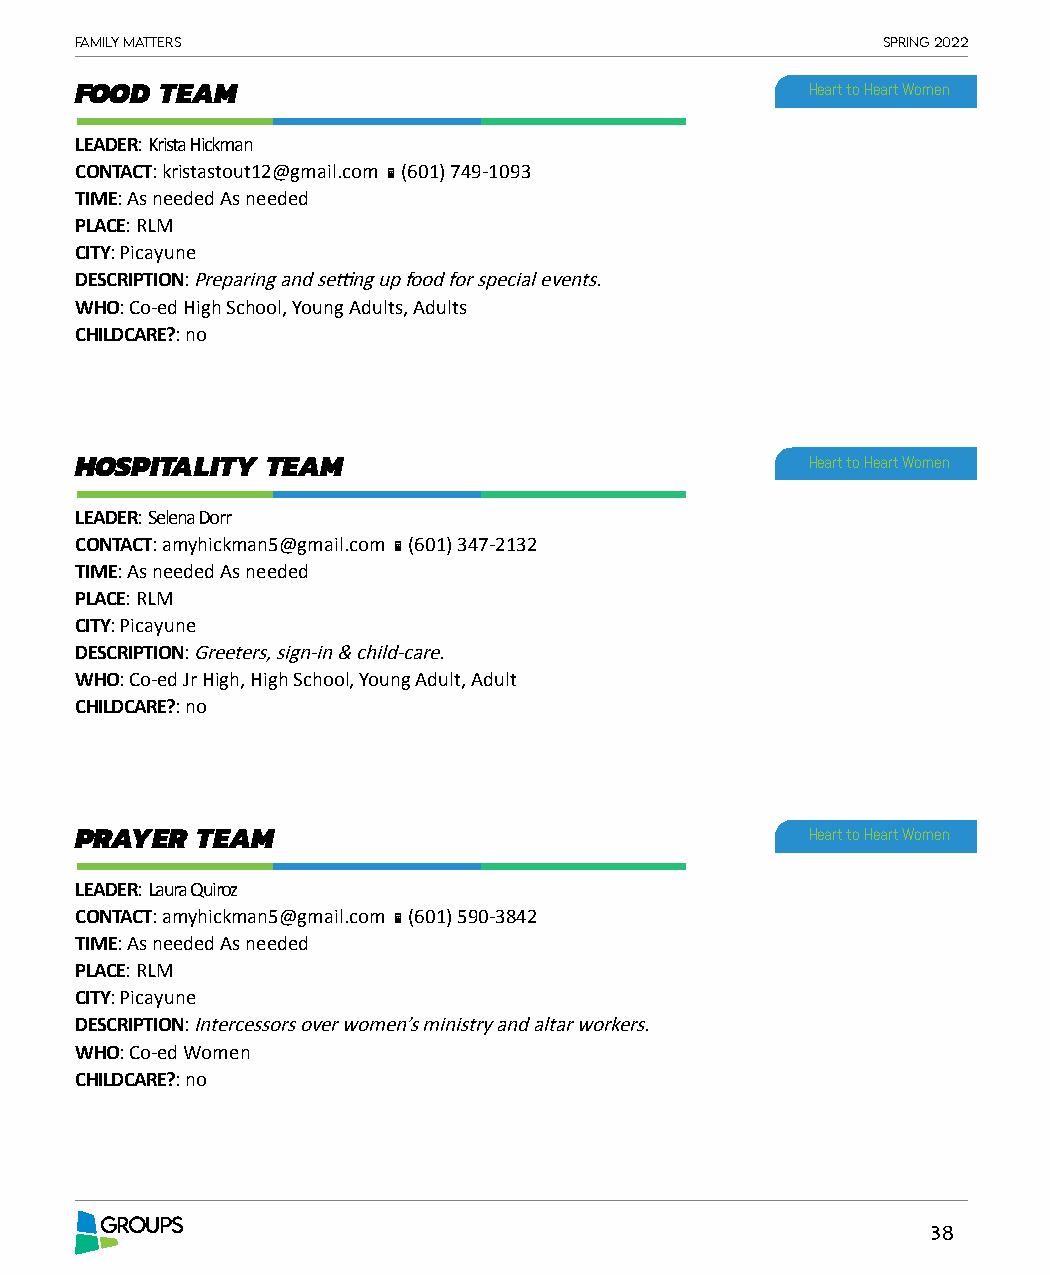
Family matters                                       spring 2022
 FOOD  TEAM                                       Heart to Heart Women
 LEADER: Krista Hickman
 CONTACT: kristastout12@gmail.com  (601) 749-1093
 TIME: As needed As needed
 PLACE: RLM
 CITY: Picayune
 DESCRIPTION: Preparing and setting up food for special events.
 WHO: Co-ed High School, Young Adults, Adults
 CHILDCARE?: no
 HOSPITALITY  TEAM                                Heart to Heart Women
 LEADER: Selena Dorr
 CONTACT: amyhickman5@gmail.com  (601) 347-2132
 TIME: As needed As needed
 PLACE: RLM
 CITY: Picayune
 DESCRIPTION: Greeters, sign-in & child-care.
 WHO: Co-ed Jr High, High School, Young Adult, Adult
 CHILDCARE?: no
 PRAYER  TEAM                                     Heart to Heart Women
 LEADER: Laura Quiroz
 CONTACT: amyhickman5@gmail.com  (601) 590-3842
 TIME: As needed As needed
 PLACE: RLM
 CITY: Picayune
 DESCRIPTION: Intercessors over women’s ministry and altar workers.
 WHO: Co-ed Women
 CHILDCARE?: no
 GROUPS
 38